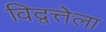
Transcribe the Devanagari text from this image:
विद्वत्तेला